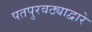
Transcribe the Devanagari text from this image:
पतपुरवठ्याद्वारे